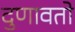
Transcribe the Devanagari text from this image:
दुणावतो